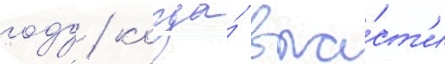
году / когда́ вла́ст'и